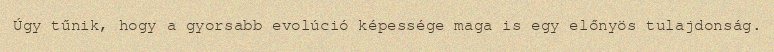
Úgy tűnik, hogy a gyorsabb evolúció képessége maga is egy előnyös tulajdonság.